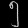
Digit: ၅